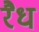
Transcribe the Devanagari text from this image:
रैध